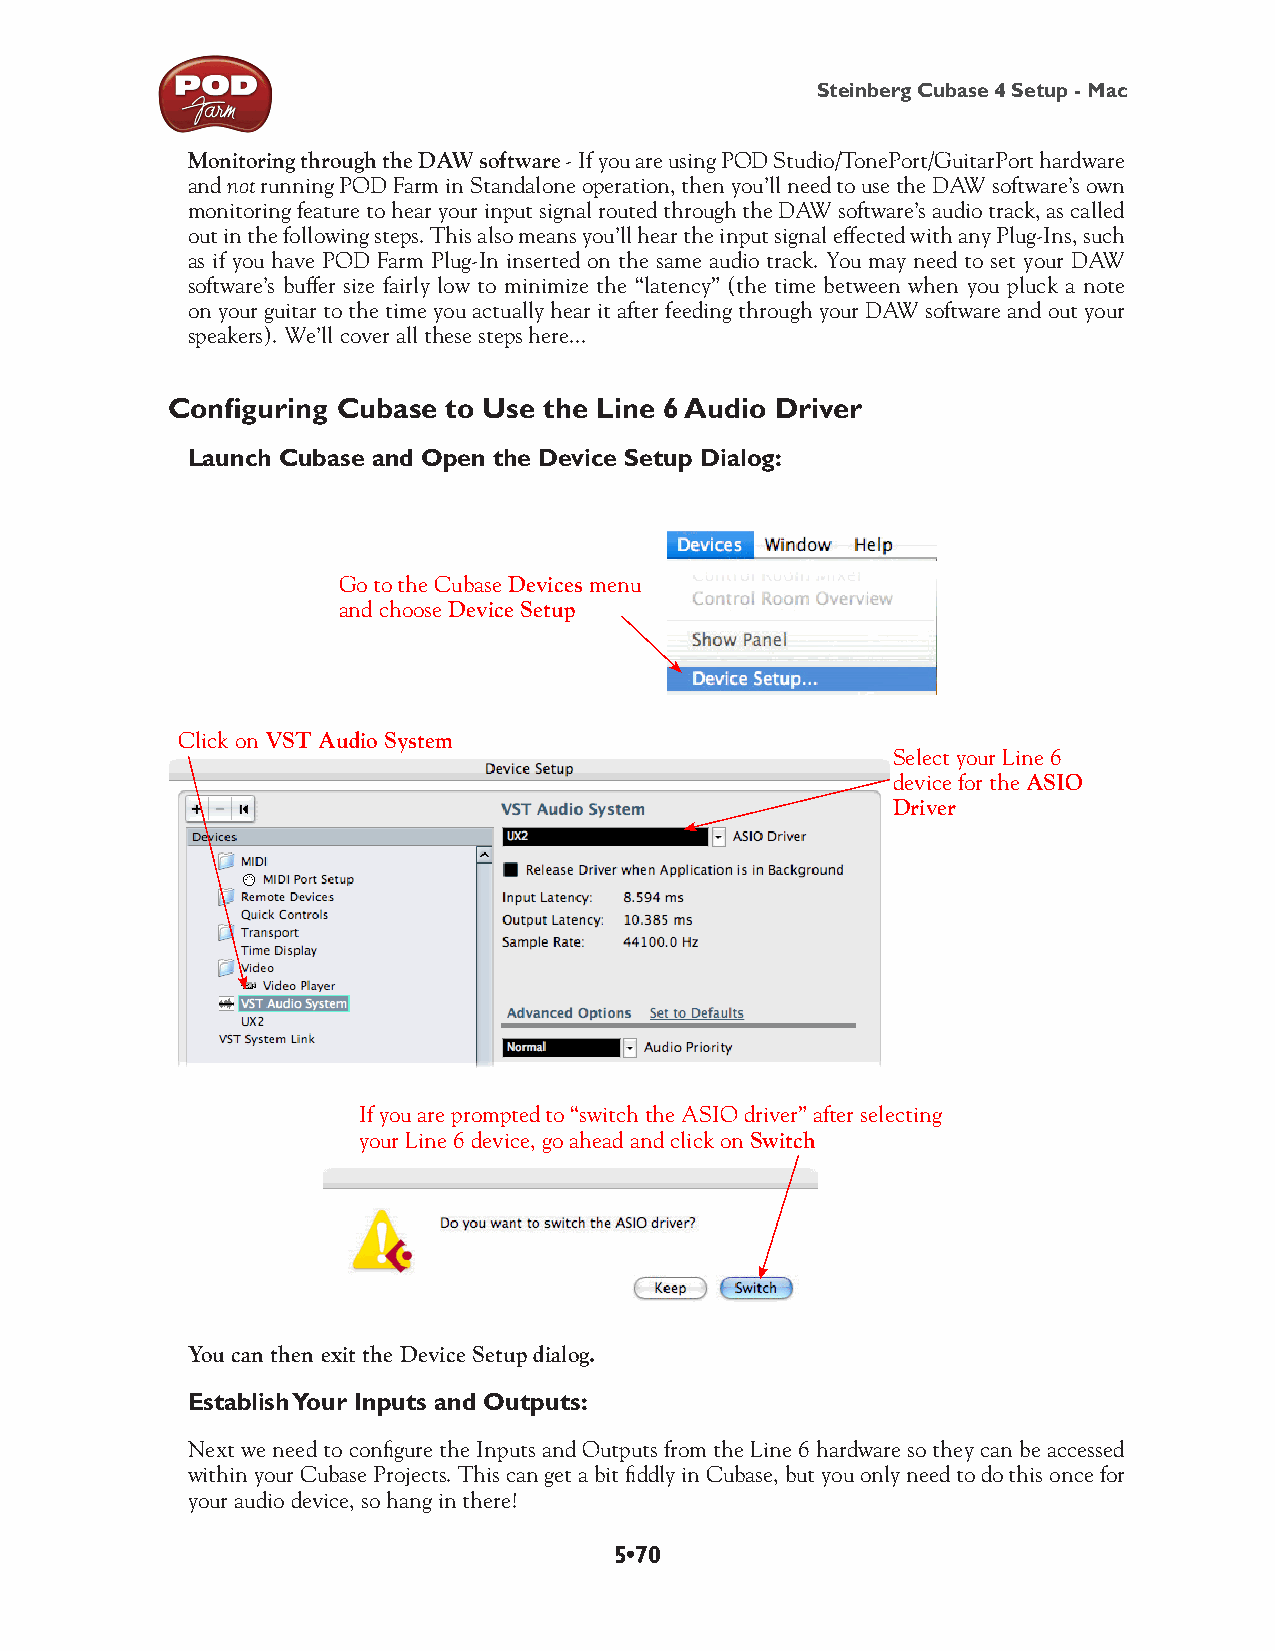
Steinberg Cubase 4 Setup - Mac
 Monitoring through the DAW software - If you are using POD Studio/TonePort/GuitarPort hardware
 and not running POD Farm in Standalone operation, then you’ll need to use the DAW software’s own
 monitoring feature to hear your input signal routed through the DAW software’s audio track, as called
 out in the following steps. This also means you’ll hear the input signal effected with any Plug-Ins, such
 as if you have POD Farm Plug-In inserted on the same audio track. You may need to set your DAW
 software’s buffer size fairly low to minimize the “latency” (the time between when you pluck a note
 on your guitar to the time you actually hear it after feeding through your DAW software and out your
 speakers). We’ll cover all these steps here...
 Configuring Cubase to Use the Line 6 Audio Driver
 Launch Cubase and Open the Device Setup Dialog:
 Go to the Cubase Devices menu
 and choose Device Setup
 Click on VST Audio System
 Select your Line 6
 device for the ASIO
 Driver
 If you are prompted to “switch the ASIO driver” after selecting
 your Line 6 device, go ahead and click on Switch
 You can then exit the Device Setup dialog.
 Establish Your Inputs and Outputs:
 Next we need to configure the Inputs and Outputs from the Line 6 hardware so they can be accessed
 within your Cubase Projects. This can get a bit fiddly in Cubase, but you only need to do this once for
 your audio device, so hang in there!
 5•70